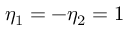
\eta _ { 1 } = - \eta _ { 2 } = 1